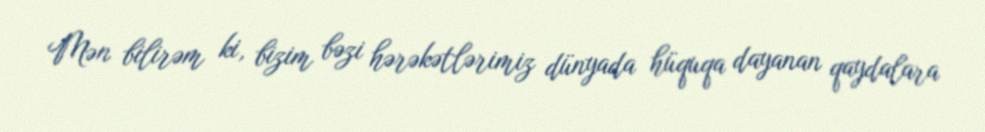
Mən bilirəm ki, bizim bəzi hərəkətlərimiz dünyada hüquqa dayanan qaydalara